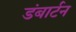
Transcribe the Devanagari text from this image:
डंबार्टन